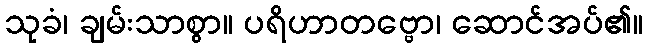
သုခံ၊ ချမ်းသာစွာ။ ပရိဟာတဗ္ဗော၊ ဆောင်အပ်၏။